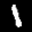
Label: 1